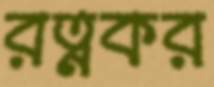
রত্নকর